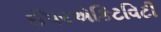
ઈપરએકિટવિટી